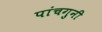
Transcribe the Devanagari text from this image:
पांचगुनी